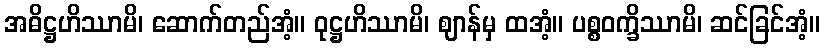
အဓိဋ္ဌဟိဿာမိ၊ ဆောက်တည်အံ့။ ဝုဋ္ဌဟိဿာမိ၊ ဈာန်မှ ထအံ့။ ပစ္စဝက္ခိဿာမိ၊ ဆင်ခြင်အံ့။